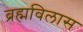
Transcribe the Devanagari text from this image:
ब्रह्मविलास